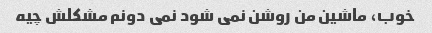
خوب، ماشین من روشن نمی شود نمی دونم مشکلش چیه